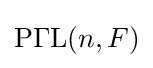
\operatorname {P\Gamma L} (n,F)